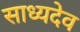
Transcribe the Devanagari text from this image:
साध्यदेव